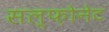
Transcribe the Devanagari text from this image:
सल्फ़ोनेट